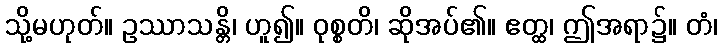
သို့မဟုတ်။ ဥဿာသန္တိ၊ ဟူ၍။ ဝုစ္စတိ၊ ဆိုအပ်၏။ ဧတ္ထ၊ ဤအရာ၌။ တံ၊